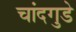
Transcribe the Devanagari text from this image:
चांदगुडे